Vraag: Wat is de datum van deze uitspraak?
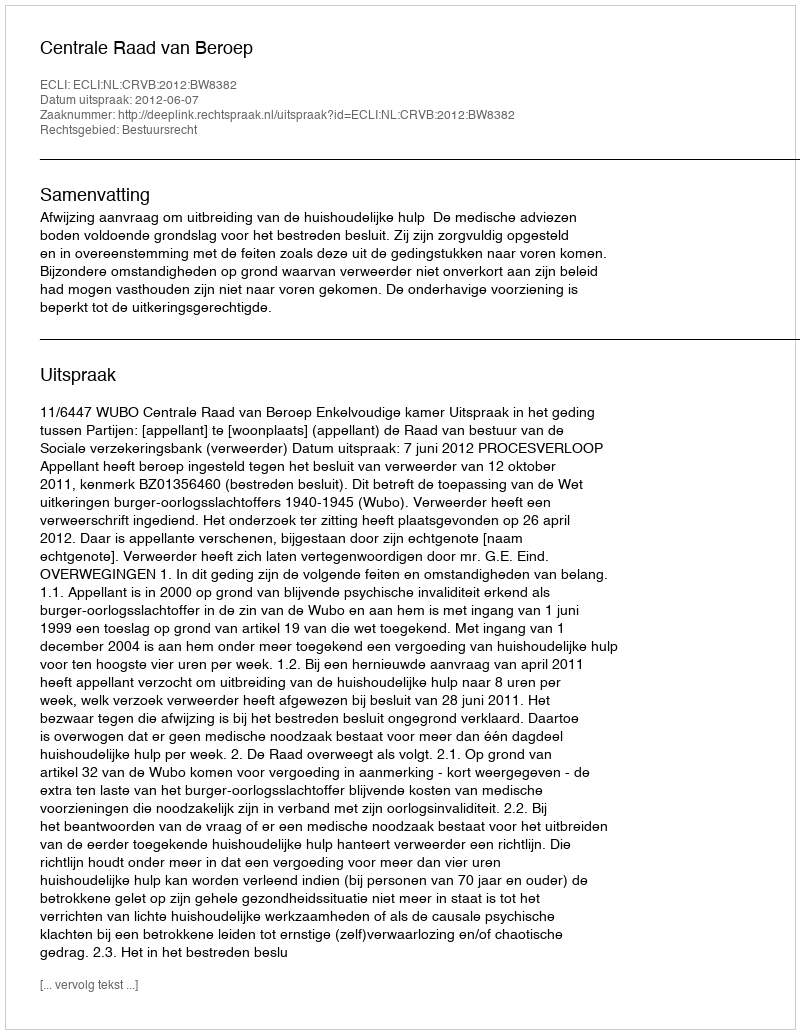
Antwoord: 2012-06-07